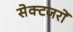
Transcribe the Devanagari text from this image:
सेक्टजरों